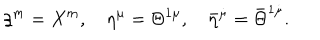
\xi ^ { m } = X ^ { m } , \quad \eta ^ { \mu } = \Theta ^ { 1 \mu } , \quad \bar { \eta } ^ { \dot { \mu } } = \bar { \Theta } ^ { 1 \dot { \mu } } .